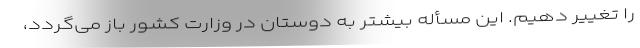
را تغییر دهیم. این مسأله بیشتر به دوستان در وزارت کشور باز می‌گردد،